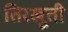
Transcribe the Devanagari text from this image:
तिरखुती